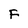
Character: F